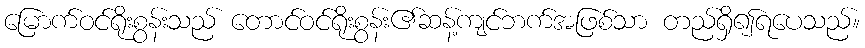
မြောက်ဝင်ရိုးစွန်းသည် တောင်ဝင်ရိုးစွန်း၏ဆန့်ကျင်ဘက်အဖြစ်သာ တည်ရှိ၍ရပေသည်။